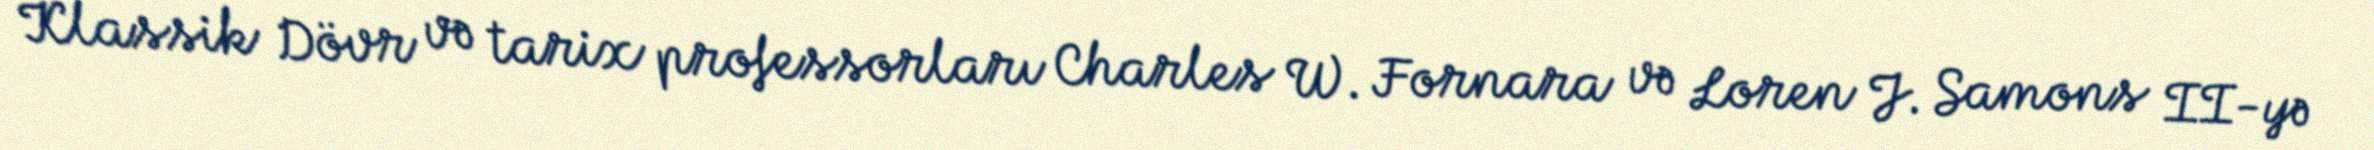
Klassik Dövr və tarix professorları Charles W. Fornara və Loren J. Samons II-yə